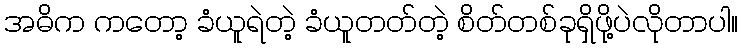
အဓိက ကတော့ ခံယူရဲတဲ့ ခံယူတတ်တဲ့ စိတ်တစ်ခုရှိဖို့ပဲလိုတာပါ။